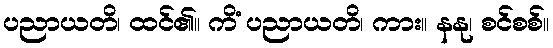
ပညာယတိ၊ ထင်၏။ ကိံ ပညာယတိ၊ ကား။ နနု၊ စင်စစ်။